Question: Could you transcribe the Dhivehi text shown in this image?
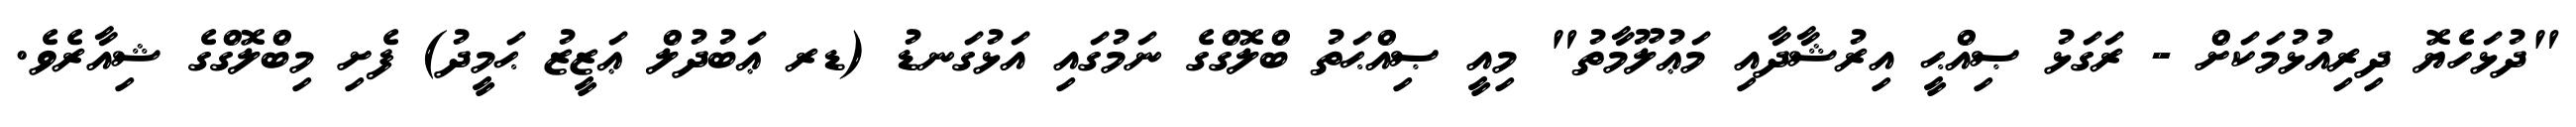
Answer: "ދުޅަހެޔޮ ދިރިއުޅުމަކަށް - ރަގަޅު ޞިއްޙީ އިރުޝާދާއި މަޢުލޫމާތު" މިއީ ޞިއްޙަތު ބްލޮގްގެ ނަމުގައި އަޅުގަނޑު (ޑރ ޢަބުދުލް ޢަޒީޒު ޙަމީދު) ފެށި މިބްލޮގްގެ ޝިއާރެވެ.